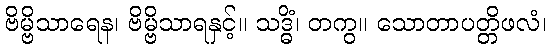
ဗိမ္ဗိသာရေန၊ ဗိမ္ဗိသာရနှင့်။ သဒ္ဓိံ၊ တကွ။ သောတာပတ္တိဖလံ၊